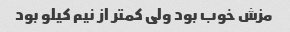
مزش خوب بود ولی کمتر از نیم کیلو بود